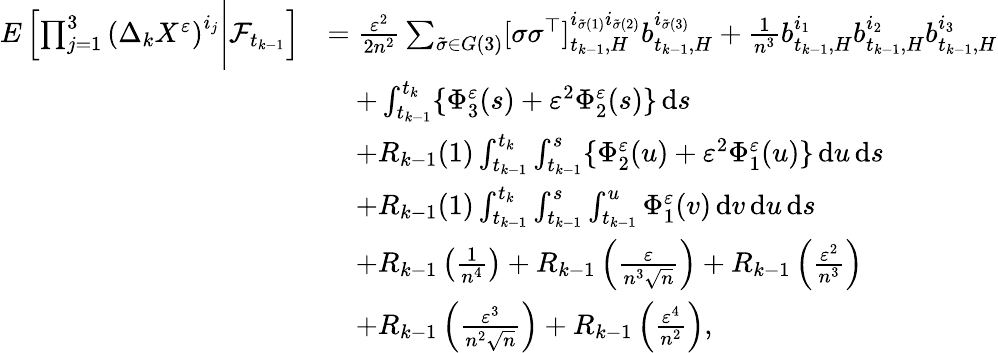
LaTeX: \begin{array}{rl}{E\left[\prod_{j=1}^{3}\left(\Delta_{k}X^{\varepsilon}\right)^{i_{j}}\Bigg|\mathcal{F}_{t_{k-1}}\right]}&{=\frac{\varepsilon^{2}}{2n^{2}}\sum_{\tilde{\sigma}\in G(3)}[\sigma\sigma^{\top}]_{t_{k-1},H}^{i_{\tilde{\sigma}(1)}i_{\tilde{\sigma}(2)}}b_{t_{k-1},H}^{i_{\tilde{\sigma}(3)}}+\frac{1}{n^{3}}b_{t_{k-1},H}^{i_{1}}b_{t_{k-1},H}^{i_{2}}b_{t_{k-1},H}^{i_{3}}}\\ &{\quad+\int_{t_{k-1}}^{t_{k}}\{ \Phi_{3}^{\varepsilon}(s)+\varepsilon^{2}\Phi_{2}^{\varepsilon}(s)\} \, \mathrm{d}s}\\ &{\quad+R_{k-1}(1)\int_{t_{k-1}}^{t_{k}}\int_{t_{k-1}}^{s}\{ \Phi_{2}^{\varepsilon}(u)+\varepsilon^{2}\Phi_{1}^{\varepsilon}(u)\} \, \mathrm{d}u\, \mathrm{d}s}\\ &{\quad+R_{k-1}(1)\int_{t_{k-1}}^{t_{k}}\int_{t_{k-1}}^{s}\int_{t_{k-1}}^{u}\Phi_{1}^{\varepsilon}(v)\, \mathrm{d}v\, \mathrm{d}u\, \mathrm{d}s}\\ &{\quad+R_{k-1}\left(\frac{1}{n^{4}}\right)+R_{k-1}\left(\frac{\varepsilon}{n^{3}\sqrt{n}}\right)+R_{k-1}\left(\frac{\varepsilon^{2}}{n^{3}}\right)}\\ &{\quad+R_{k-1}\left(\frac{\varepsilon^{3}}{n^{2}\sqrt{n}}\right)+R_{k-1}\left(\frac{\varepsilon^{4}}{n^{2}}\right),}\end{array}